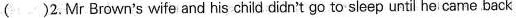
( )2.Mr Brown's wife and his child didn't go to sleep until he came back